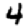
Digit: 4